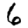
Digit: 6